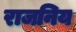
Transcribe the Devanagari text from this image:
राजनिय